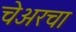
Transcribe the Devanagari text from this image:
चेअरचा